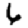
Digit: 6